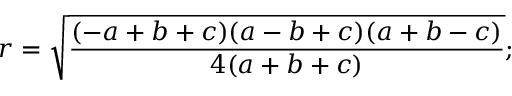
r = { \sqrt { \frac { ( - a + b + c ) ( a - b + c ) ( a + b - c ) } { 4 ( a + b + c ) } } } ;